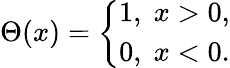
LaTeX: \Theta(x)=\left\{ \begin{array}{ll}{1,\; x>0,}\\ {0,\; x<0.}\end{array}\right.